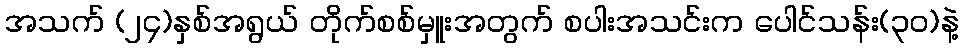
အသက် (၂၄)နှစ်အရွယ် တိုက်စစ်မှူးအတွက် စပါးအသင်းက ပေါင်သန်း(၃၀)နဲ့